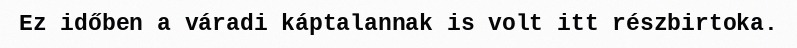
Ez időben a váradi káptalannak is volt itt részbirtoka.